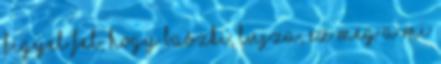
figyel fel, hogy baszki, Lujza, ez meg a mi